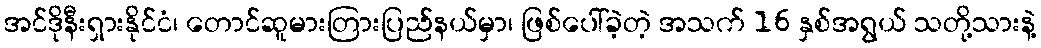
အင်ဒိုနီးရှားနိုင်ငံ၊ တောင်ဆူမားတြားပြည်နယ်မှာ၊ ဖြစ်ပေါ်ခဲ့တဲ့ အသက် 16 နှစ်အရွယ် သတို့သားနဲ့